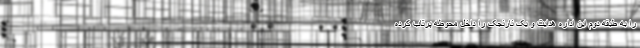
را به طبقه دوم این اداره هدایت و یک نارنجک را داخل محوطه پرتاب کرده